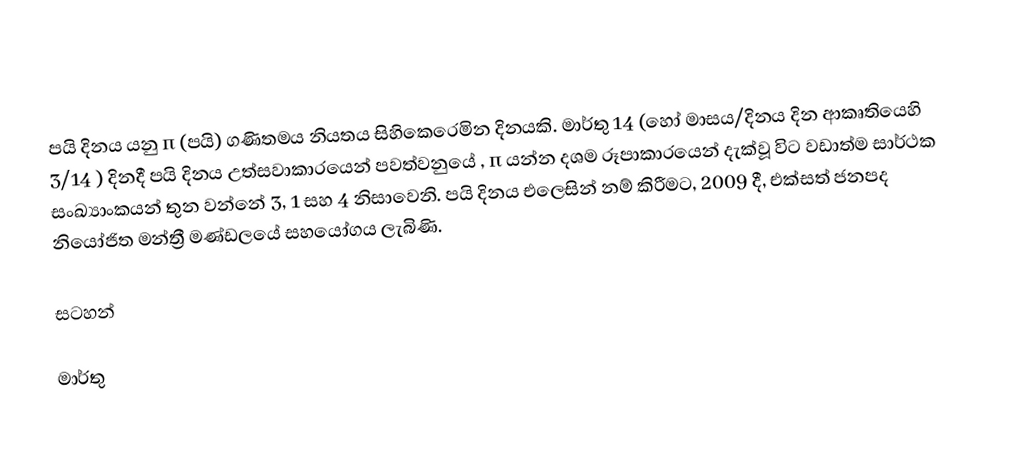
පයි දිනය යනු  π (පයි)  ගණිතමය නියතය සිහිකෙරෙමින දිනයකි.  මාර්තු 14 (හෝ මාසය/දිනය දින ආකෘතියෙහි 3/14 ) දිනදී පයි දිනය උත්සවාකාරයෙන් පවත්වනුයේ , π යන්න දශම රූපාකාරයෙන් දැක්වූ විට වඩාත්ම සාර්ථක සංඛ්‍යාංකයන් තුන වන්නේ 3, 1 සහ 4 නිසාවෙනි. පයි දිනය එලෙසින් නම් කිරීමට, 2009 දී, එක්සත් ජනපද නියෝජිත මන්ත්‍රී මණ්ඩලයේ සහයෝගය ලැබිණි.

සටහන්

මාර්තු